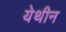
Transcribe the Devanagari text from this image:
येथीन